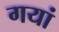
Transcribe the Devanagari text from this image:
गयां